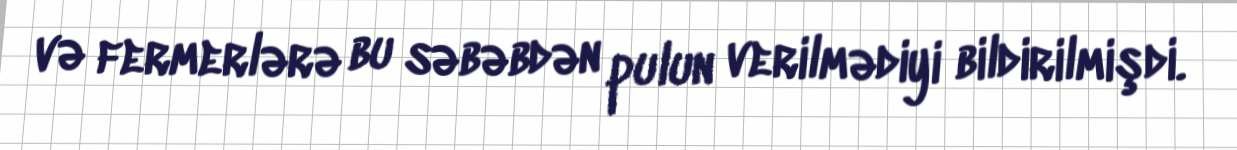
və fermerlərə bu səbəbdən pulun verilmədiyi bildirilmişdi.